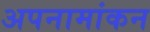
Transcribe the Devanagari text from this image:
अपनामांकन